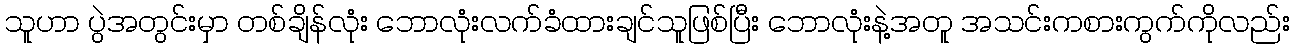
သူဟာ ပွဲအတွင်းမှာ တစ်ချိန်လုံး ဘောလုံးလက်ခံထားချင်သူဖြစ်ပြီး ဘောလုံးနဲ့အတူ အသင်းကစားကွက်ကိုလည်း